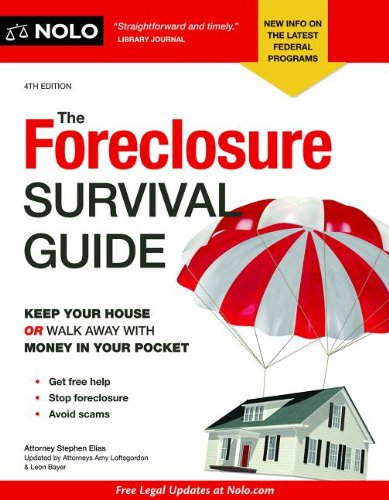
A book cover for Foreclosure Survival Guide, The: Keep Your House or Walk Away With Money in Your Pocket; Stephen Elias; Law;